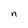
Character: n